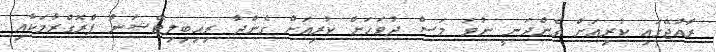
ރާއްޖޭގައި ކުރިއަށް ގެންދަނީ ނުވަ މަސް ދުވަހަށް ކުރިއަށް ގެންދާ ރިހިބިލިޓޭޝަން ޕްރޮގްރާމަކާއި